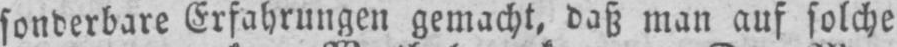
sonderbare Erfahrungen gemacht, daß man auf solche